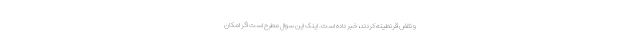
و نقض قرنطینه کردند، خبر داده است. اینک این سوال مطرح است اگر امکان